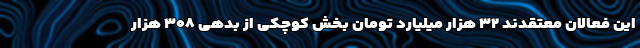
این فعالان معتقدند ۳۲ هزار میلیارد تومان بخش کوچکی از بدهی ۳۰۸ هزار